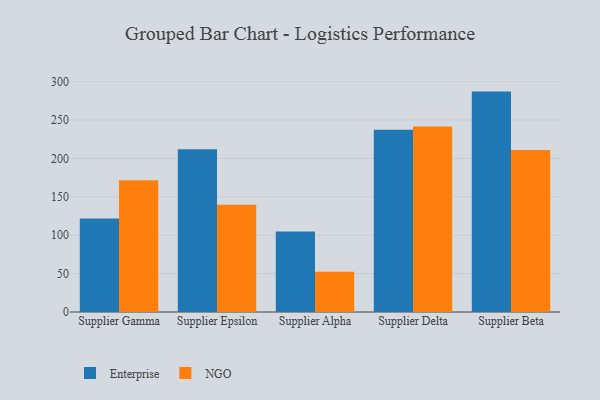
{"axis": {"x": "Supplier", "y": "Production Output"}, "legend": ["Enterprise", "NGO"], "data": [{"x": "Supplier Gamma", "y": 121.9, "type": "Enterprise"}, {"x": "Supplier Gamma", "y": 171.6, "type": "NGO"}, {"x": "Supplier Epsilon", "y": 211.8, "type": "Enterprise"}, {"x": "Supplier Epsilon", "y": 139.5, "type": "NGO"}, {"x": "Supplier Alpha", "y": 104.7, "type": "Enterprise"}, {"x": "Supplier Alpha", "y": 52.3, "type": "NGO"}, {"x": "Supplier Delta", "y": 237.3, "type": "Enterprise"}, {"x": "Supplier Delta", "y": 241.4, "type": "NGO"}, {"x": "Supplier Beta", "y": 287.0, "type": "Enterprise"}, {"x": "Supplier Beta", "y": 211.0, "type": "NGO"}]}